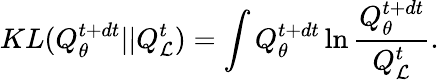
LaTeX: KL(Q_{\theta}^{t+dt}||Q_{\mathcal{L}}^{t})=\int Q_{\theta}^{t+dt}\ln\frac{Q_{\theta}^{t+dt}}{Q_{\mathcal{L}}^{t}}.